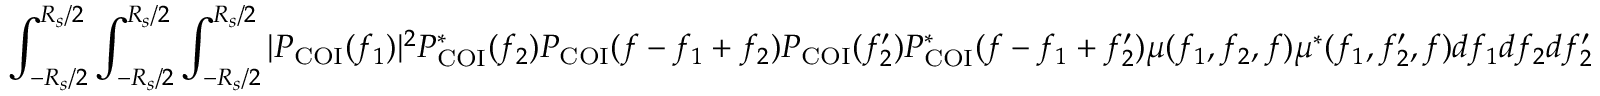
\int _ { - R _ { s } / 2 } ^ { R _ { s } / 2 } \int _ { - R _ { s } / 2 } ^ { R _ { s } / 2 } \int _ { - R _ { s } / 2 } ^ { R _ { s } / 2 } | P _ { \mathrm { C O I } } ( f _ { 1 } ) | ^ { 2 } P _ { \mathrm { C O I } } ^ { \ast } ( f _ { 2 } ) P _ { \mathrm { C O I } } ( f - f _ { 1 } + f _ { 2 } ) P _ { \mathrm { C O I } } ( f _ { 2 } ^ { \prime } ) P _ { \mathrm { C O I } } ^ { \ast } ( f - f _ { 1 } + f _ { 2 } ^ { \prime } ) \mu ( f _ { 1 } , f _ { 2 } , f ) \mu ^ { \ast } ( f _ { 1 } , f _ { 2 } ^ { \prime } , f ) d f _ { 1 } d f _ { 2 } d f _ { 2 } ^ { \prime }